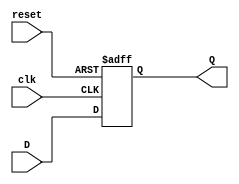
module neg_edge_d_ff (
    input D, // D input signal
    input clk, // clock input signal
    input reset, // asynchronous reset signal
    output reg Q // output signal
);

always @ (negedge clk or posedge reset)
begin
    if (reset)
        Q <= 1'b0; // reset output to 0
    else
        Q <= D; // output follows D input signal on falling edge of clock
end

endmodule